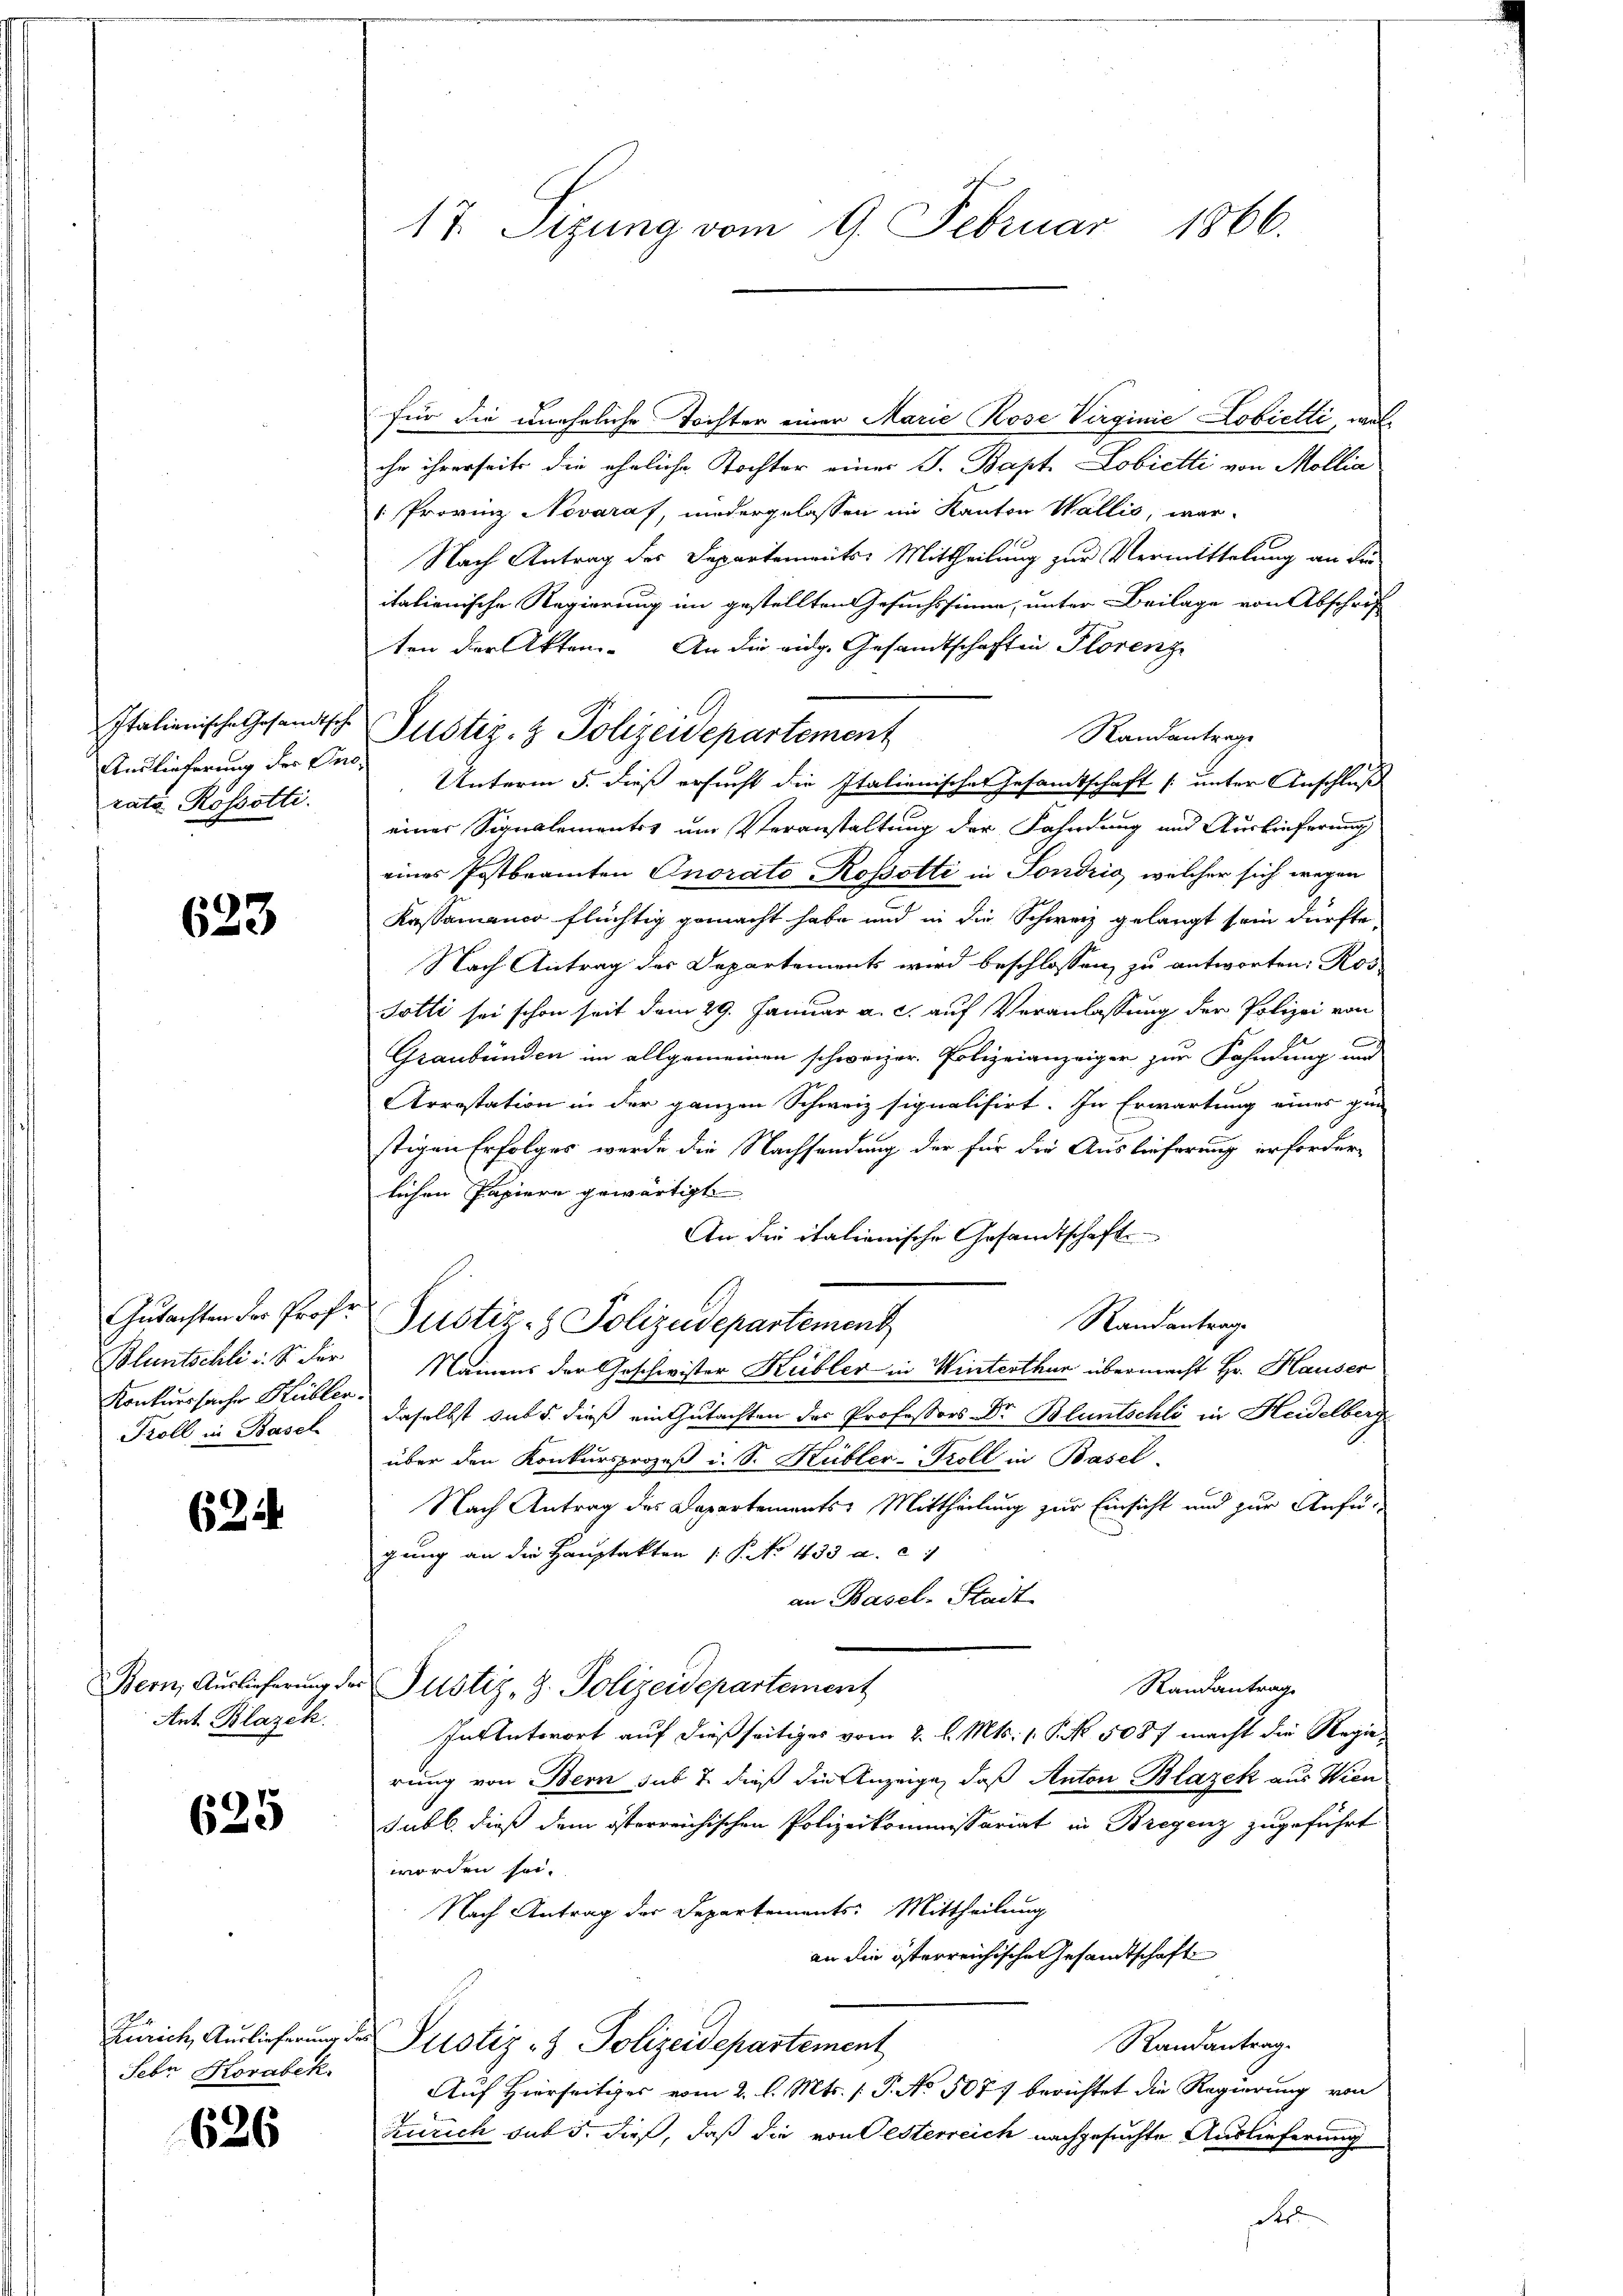
Auslieferung des Ono.
rata Rossotti.

633

Gutachten der Prof.
Bluntschli. So der
Konkurssache Kübler-
Kzoll in Basel

624

Ant. Blazek

625

Zürich, Auslieferung d.
Febn Kovabek.

626

17. Sizung vom 9. Februar 1866.

für die uneheliche Tochter einer Marie Rose Verginie Lobietti, welihr ihrerseite die eheliche Tochter einer J. Bapt-Lobictti von Mollia
Provinz Novaraf, niedergelassen im Kanton Wallis, war-
Nach Antrag des Departements-Mittheilung zur Vermittelung an die
italienische Regierung im gestellten Gesuchssinne, unter Beilage von Abschrif
ten der Akten. An die eidg. Gesandtschaften Florenze
Randantrage
Unterm 5. dieß ersucht die Italienisches Gesandtschaft /: unter Anschluß
einer Signalementes um Veranstaltung der Fahndung und Auslieferung
eines Postbeamten Onorato Rosotti in Sondrig, welcher sich wegen
Kassamanco flüchtig gemacht habe und in die Schweiz gelangt sein dürfte,
Nach Antrag des Departements wird beschlossen zu antworten: Ros
Totti sei schon seit dem 29. Januar a. c. auf Veranlassung der Polizei von
Graubünden im allgemeinen schweizer. Polizeianzeiger zum Fahndung und
Arrestation in der ganzen Schweiz signalisirt. In Erwartung eines gin
stigen Erfolges werde die Nachsendung der für die Auslieferung erforderlichen Papiere gewärtigt
An die italionische Gesandtschaft
Randantrag
Justiz- & Polizeidepartement
Namens der Geschwister Kübler in Winterthur übermacht Hr. Hauser
daselbst sub 5. dieß ein Gutachten des Professors Dr. Bluntschli in Heidelberg
über den Konkursprozeß u. S. Kübler-Troll in Basel.
Nach Antrag des Departements Mittheilung zur Einsicht und zur Anfügung an die Hauptakten (§. No 433. a. c.
an Basel-Stadt
Bern, Auslieferung der Justiz- & Polizeidepartement
Randantrag
In Antwort auf dießseitiges vom 2. d. Mts. 1. P. Nr. 5087 macht die Regierung von Bern sub u. dieß die Anzeige, daß Anton Blazek aus Wien
subl. dieß dem österreichischen Polizeikommissariat in Bregenz zugeführt
worden sei.
Nach Antrag der Departements: Mittheilung
an die österreichischen Gesandtschaft
Randantrag.
 Justiz- & Polizeidepartement
Auf Hierseitiger vom 2. l. Mts. (T. No. 507. berichtet die Regierung von
Zürich bat 5. dieß, daß die von Testerreich nachgesuchte Auslieferung
R

Italienische Gesandtsche Justiz- & Polizeidepartement